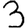
Digit: 3